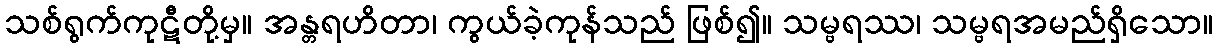
သစ်ရွက်ကုဋီတို့မှ။ အန္တရဟိတာ၊ ကွယ်ခဲ့ကုန်သည် ဖြစ်၍။ သမ္ဗရဿ၊ သမ္ဗရအမည်ရှိသော။